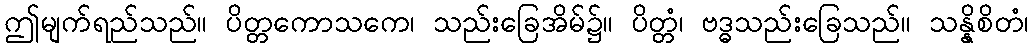
ဤမျက်ရည်သည်။ ပိတ္တကောသကေ၊ သည်းခြေအိမ်၌။ ပိတ္တံ၊ ဗဒ္ဓသည်းခြေသည်။ သန္နိစိတံ၊